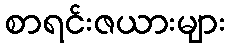
စာရင်းဇယားများ